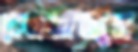
লোহাজুর